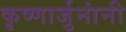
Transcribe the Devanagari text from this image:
कृष्णार्जुनांनी